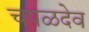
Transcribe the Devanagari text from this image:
चपळदेव